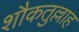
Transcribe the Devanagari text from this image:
शौकतुल्लाह